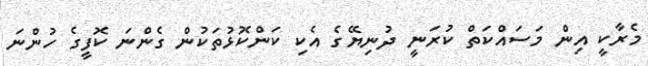
މެރާކީ އިން މަސައްކަތް ކުރަނީ ދުނިޔޭގެ އެކި ކަންކޮޅުތަކުން ގެންނަ ކޮފީގެ ހުންނަ